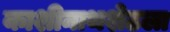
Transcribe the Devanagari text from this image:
काशीनाथशेठला